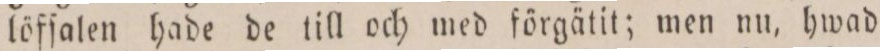
löfſalen hade de till och med förgätit; men nu, hwad